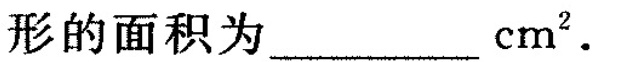
形的面积为_______cm^{2}。